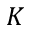
K